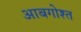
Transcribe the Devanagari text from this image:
आबगोश्त